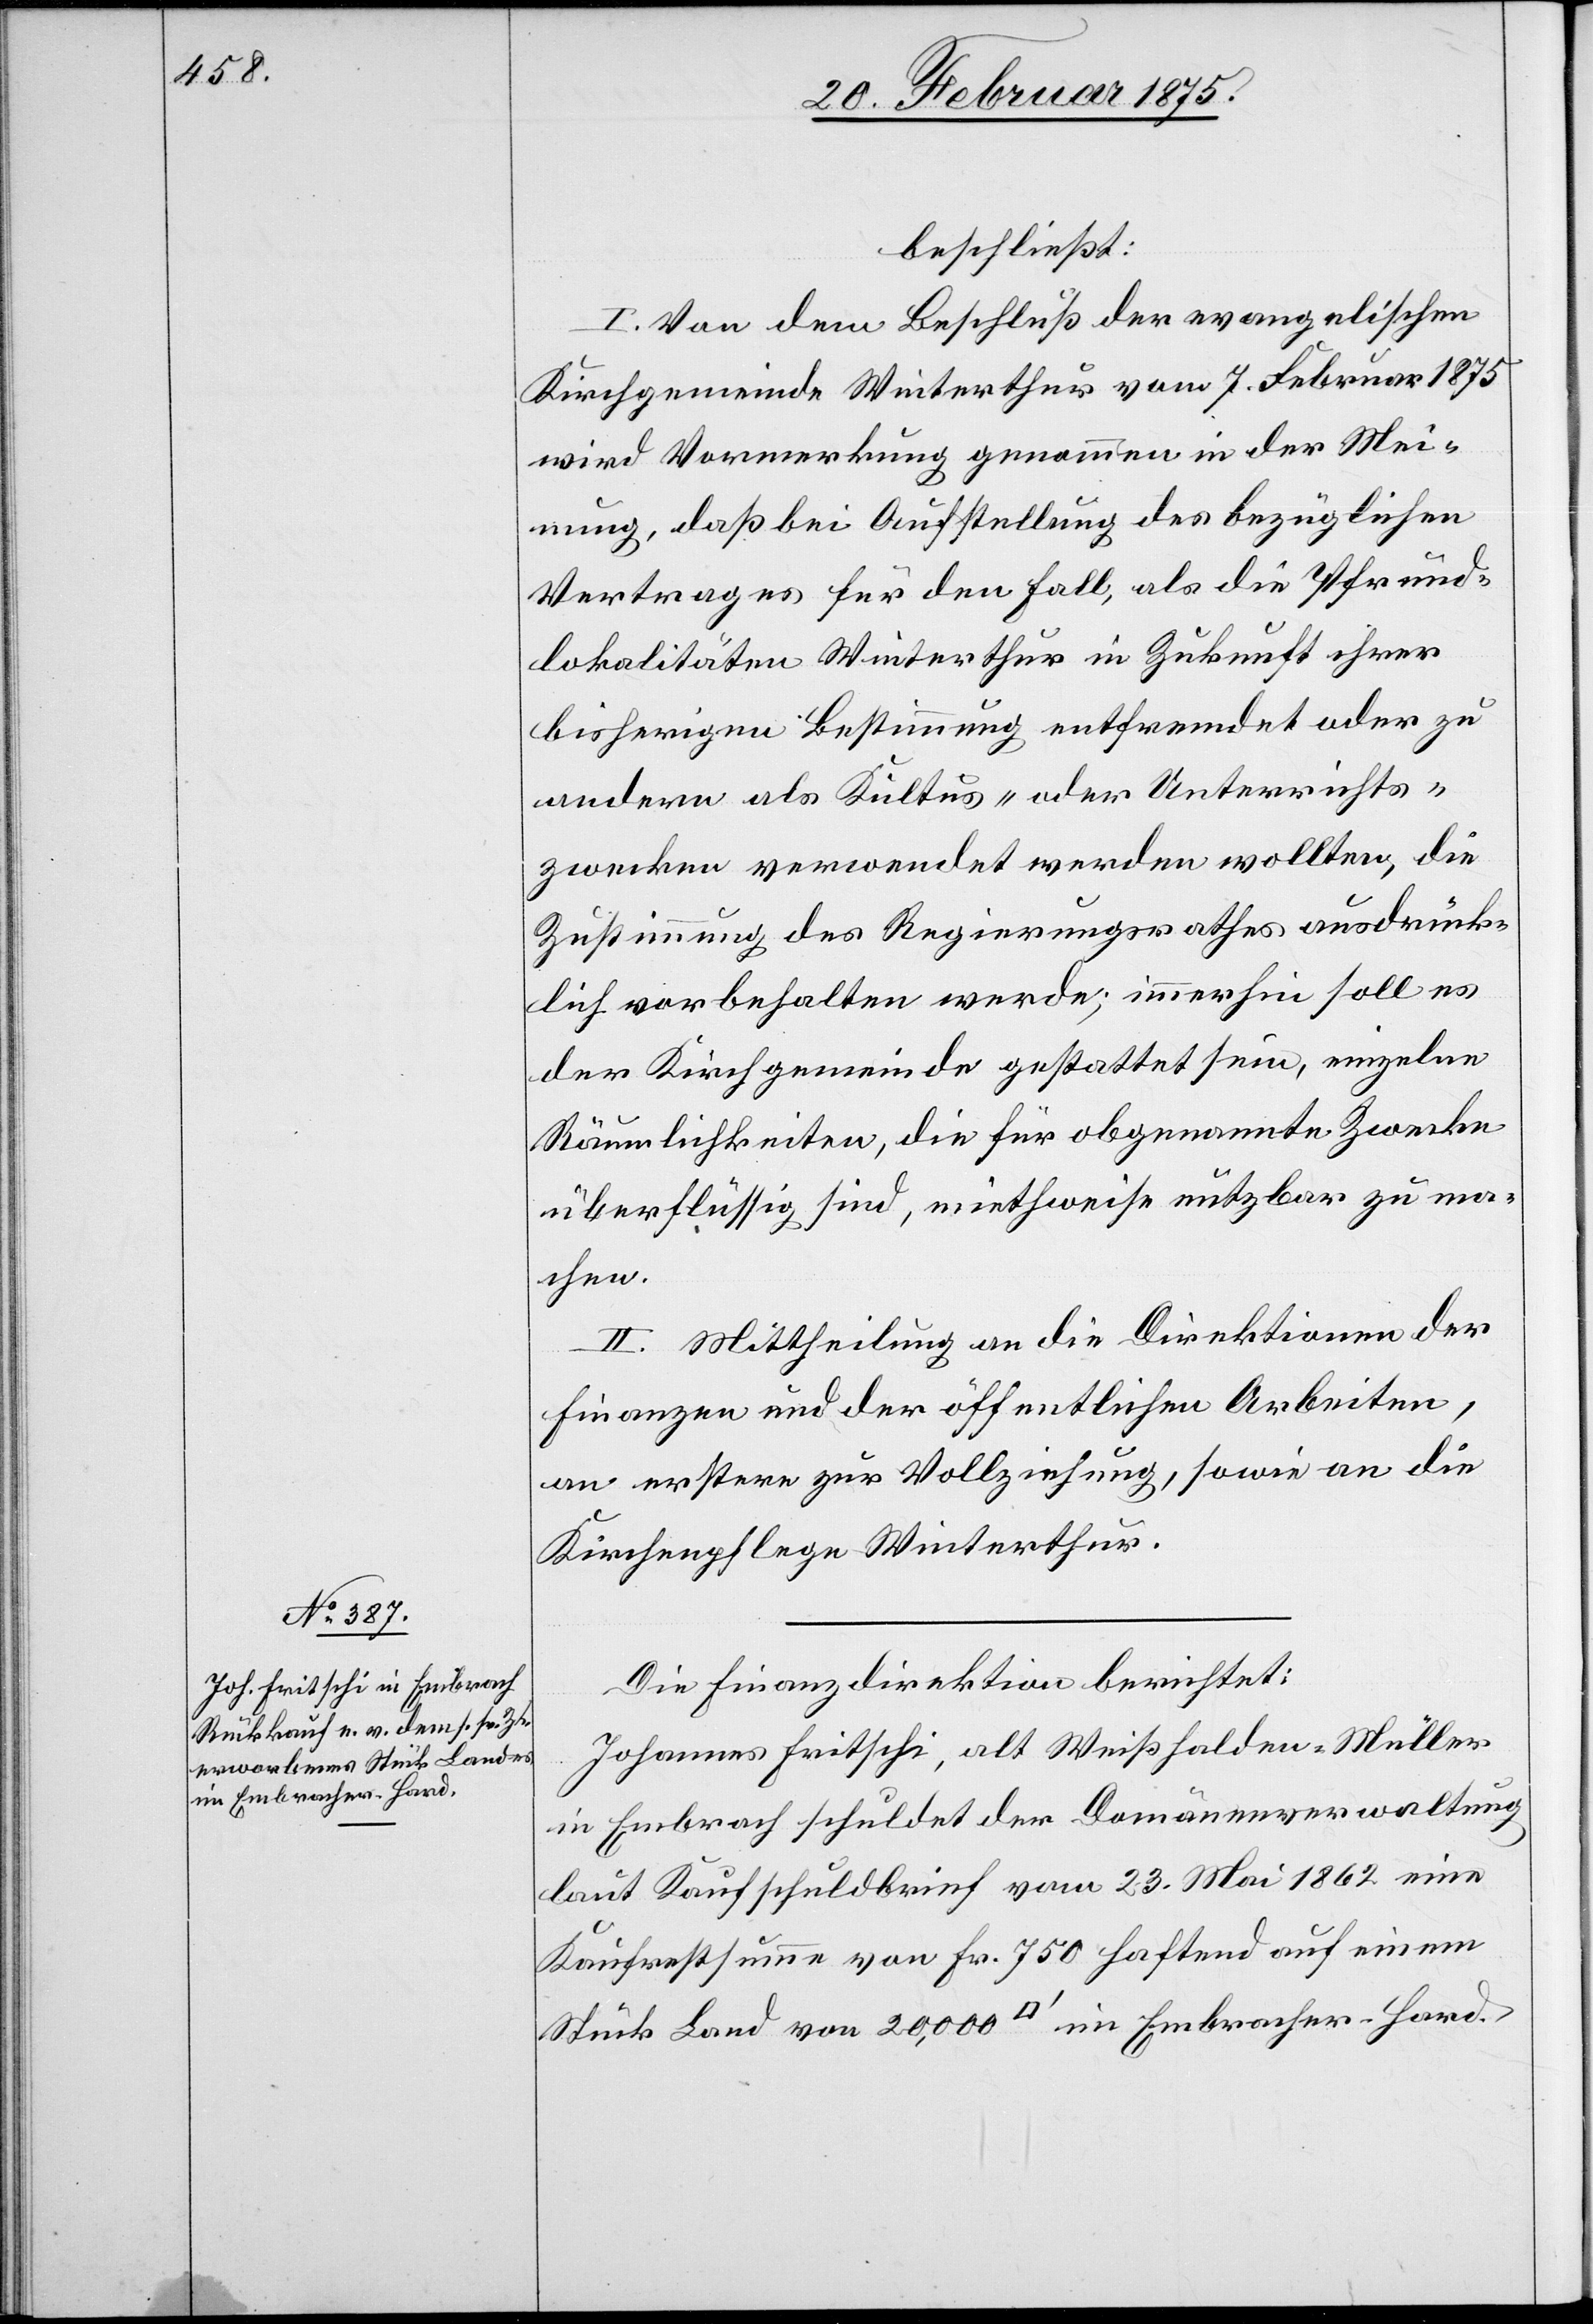
beschließt:
I. Von dem Beschluß der evangelischen
Kirchgemeinde Winterthur vom 7. Februar 1875
wird Vormerkung genommen in der Mei¬
nung, daß bei Aufstellung des bezüglichen
Vertrages für den Fall, als die Pfrund¬
lokalitäten Winterthur in Zukunft ihrer
bisherigen Bestimmung entfremdet oder zu
andern als Kultus- oder Unterrichts¬
zwecken verwendet werden wollten, die
Zustimmung des Regierungsrathes ausdrück¬
lich vorbehalten werde; immerhin soll es
der Kirchgemeinde gestattet sein, einzelne
Räumlichkeiten, die für obgenannte Zwecke
überflüssig sind, miethweise nutzbar zu ma¬
chen.
II. Mittheilung an die Direktionen der
Finanzen und der öffentlichen Arbeiten,
an erstere zur Vollziehung, sowie an die
Kirchenpflege Winterthur.
Die Finanzdirektion berichtet:
Johannes Fritschi, alt Weißhalden-Müller
in Embrach schuldet der Domänenverwaltung
laut Kaufschuldbrief vom 23. Mai 1862 eine
Kaufrestsumme von Fr. 750 haftend auf einem
Stück Land von 20,000 [Quadratfuss] im Embracher-Hard.